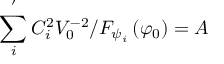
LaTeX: \sum _ { i } ^ { ^ { \prime } } C _ { i } ^ { 2 } V _ { 0 } ^ { - 2 } / F _ { \psi _ { i } } \left( \varphi _ { 0 } \right) = A